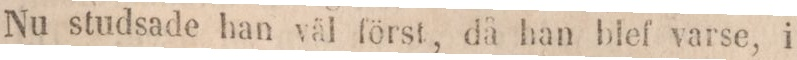
Nu studsade han väl först, då han blef varse, i